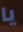
يا